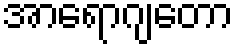
အာရောဂျတော